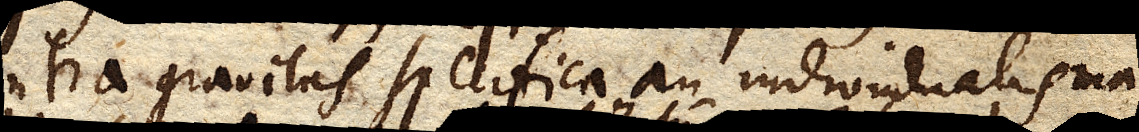
utra gravitas specifica an individualis ma–